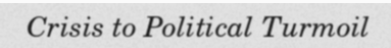
Crisis to Political Turmoil